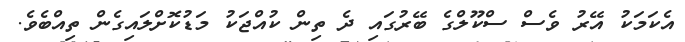
އެކަމަކު އޭރު ވެސް ސްކޫލްގެ ބޭރުގައި ދެ ތިން ކުއްޖަކު މަޑުކޮށްލައިގެން ތިއްބެވެ.